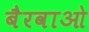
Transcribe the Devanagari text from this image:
बैरवाओ